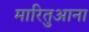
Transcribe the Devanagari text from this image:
मारितुआना